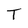
Character: T